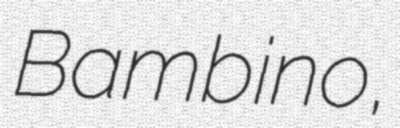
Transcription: Bambino,